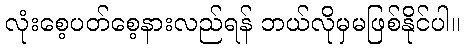
လုံးစေ့ပတ်စေ့နားလည်ရန် ဘယ်လိုမှမဖြစ်နိုင်ပါ။